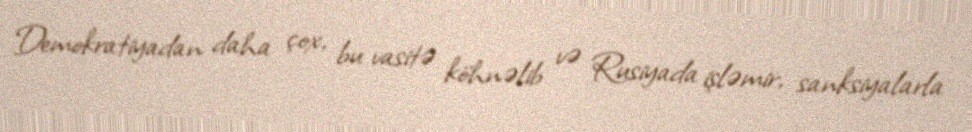
Demokratiyadan daha çox, bu vasitə köhnəlib və Rusiyada işləmir, sanksiyalarla